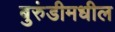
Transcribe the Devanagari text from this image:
बुरुंडीमधील